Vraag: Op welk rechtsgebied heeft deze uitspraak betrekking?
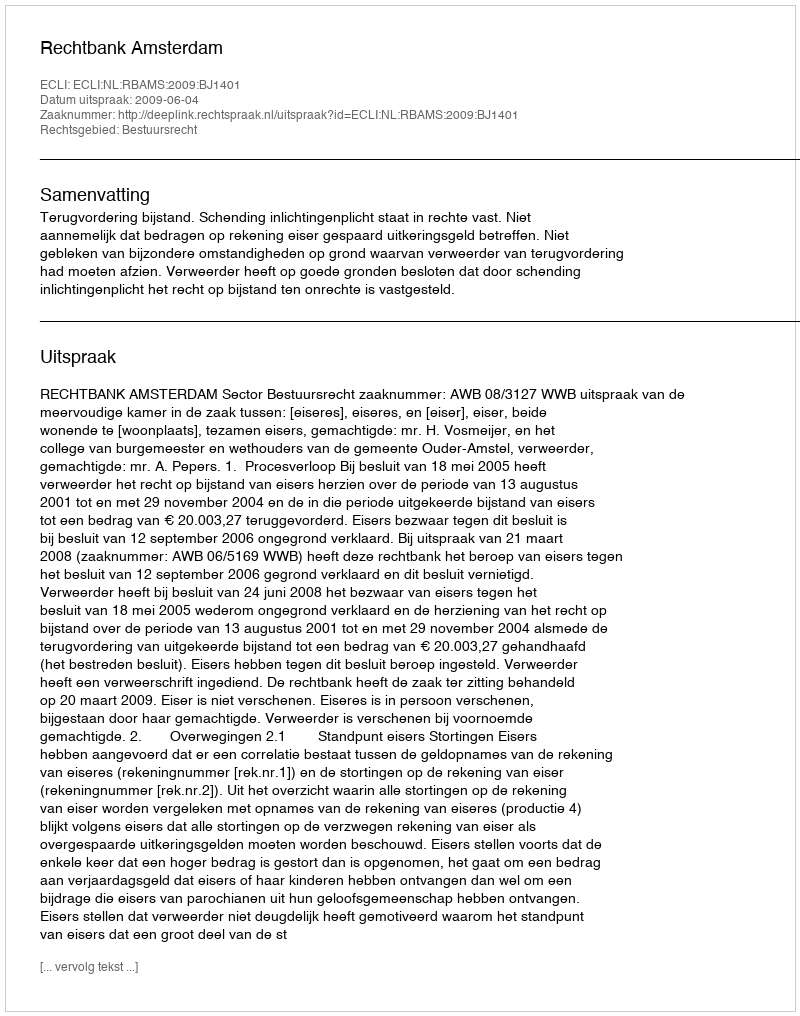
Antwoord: Bestuursrecht